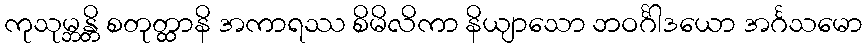
ကုသုမ္ဘန္တိ စတုတ္ထာနိ အကာရဿ စိမိလိကာ နိယျာသော ဘဝင်္ဂါဒယော အင်္ဂသမော